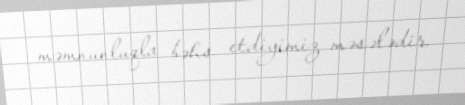
məmnunluqla bəhs etdiyimiz məsələdir.